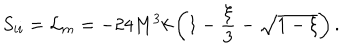
LaTeX: S _ { i i } = { \cal L } _ { m } = - 2 4 M ^ { 3 } k \left( 1 - \frac { \xi } { 3 } - \sqrt { 1 - \xi } \right) .